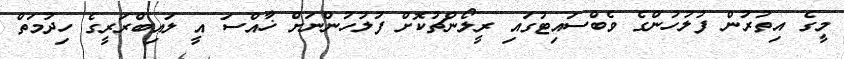
މީގެ އިތުރުން ފުލުހުންގެ ވެބްސައިޓުގައި ރީލޯންޗުކޮށް ފުލުހުންނަށް ޚާއްސަ އީ ލައިބްރަރީގެ ހިދުމަތް